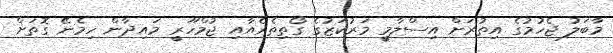
މާބަލު ޖެހުމުގެ އިތުރަށް އިސްލާމީ މަރުކަޒުގެ ގޯތިތެރެއާއި ޖުމްހޫރީ މައިދާން ހިމެނޭ ގޮތަށް